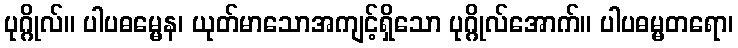
ပုဂ္ဂိုလ်။ ပါပဓမ္မေန၊ ယုတ်မာသောအကျင့်ရှိသော ပုဂ္ဂိုလ်အောက်။ ပါပဓမ္မတရော၊